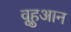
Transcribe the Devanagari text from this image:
वूहुआन